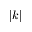
| k |